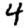
Digit: 4